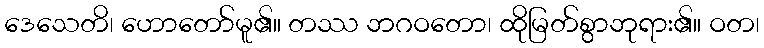
ဒေသေတိ၊ ဟောတော်မူ၏။ တဿ ဘဂဝတော၊ ထိုမြတ်စွာဘုရား၏။ ဝတ၊